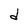
Character: d